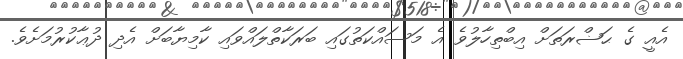
އެއީ ގެ ޙަޟްރަތަށް އިބްތިހާލުވެ އެ މަސައްކަތުގައި ބަރަކާތްލައްވައި ކާމިޔާބަށް އެދި ދުޢާކުރުމަށެވެ.